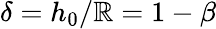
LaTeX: \delta=h_{0}/\mathbb{R}=1-\beta